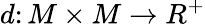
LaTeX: d\colon M\times M\rightarrow R^{+}